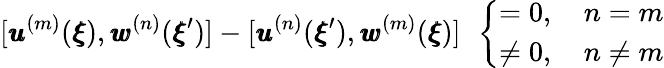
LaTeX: [{\pmb u}^{(m)}({\pmb\xi}),{\pmb w}^{(n)}({\pmb\xi}^{\prime})]-[{\pmb u}^{(n)}({\pmb\xi}^{\prime}),{\pmb w}^{(m)}({\pmb\xi})]\; \, \left\{ \begin{array}{ll}{=0,\quad n=m}\\ {\neq 0,\quad n\neq m}\end{array}\right.